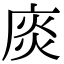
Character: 𢉘